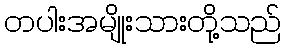
တပါးအမျိုးသားတို့သည်